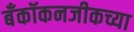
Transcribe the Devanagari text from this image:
बँकॉकनजीकच्या